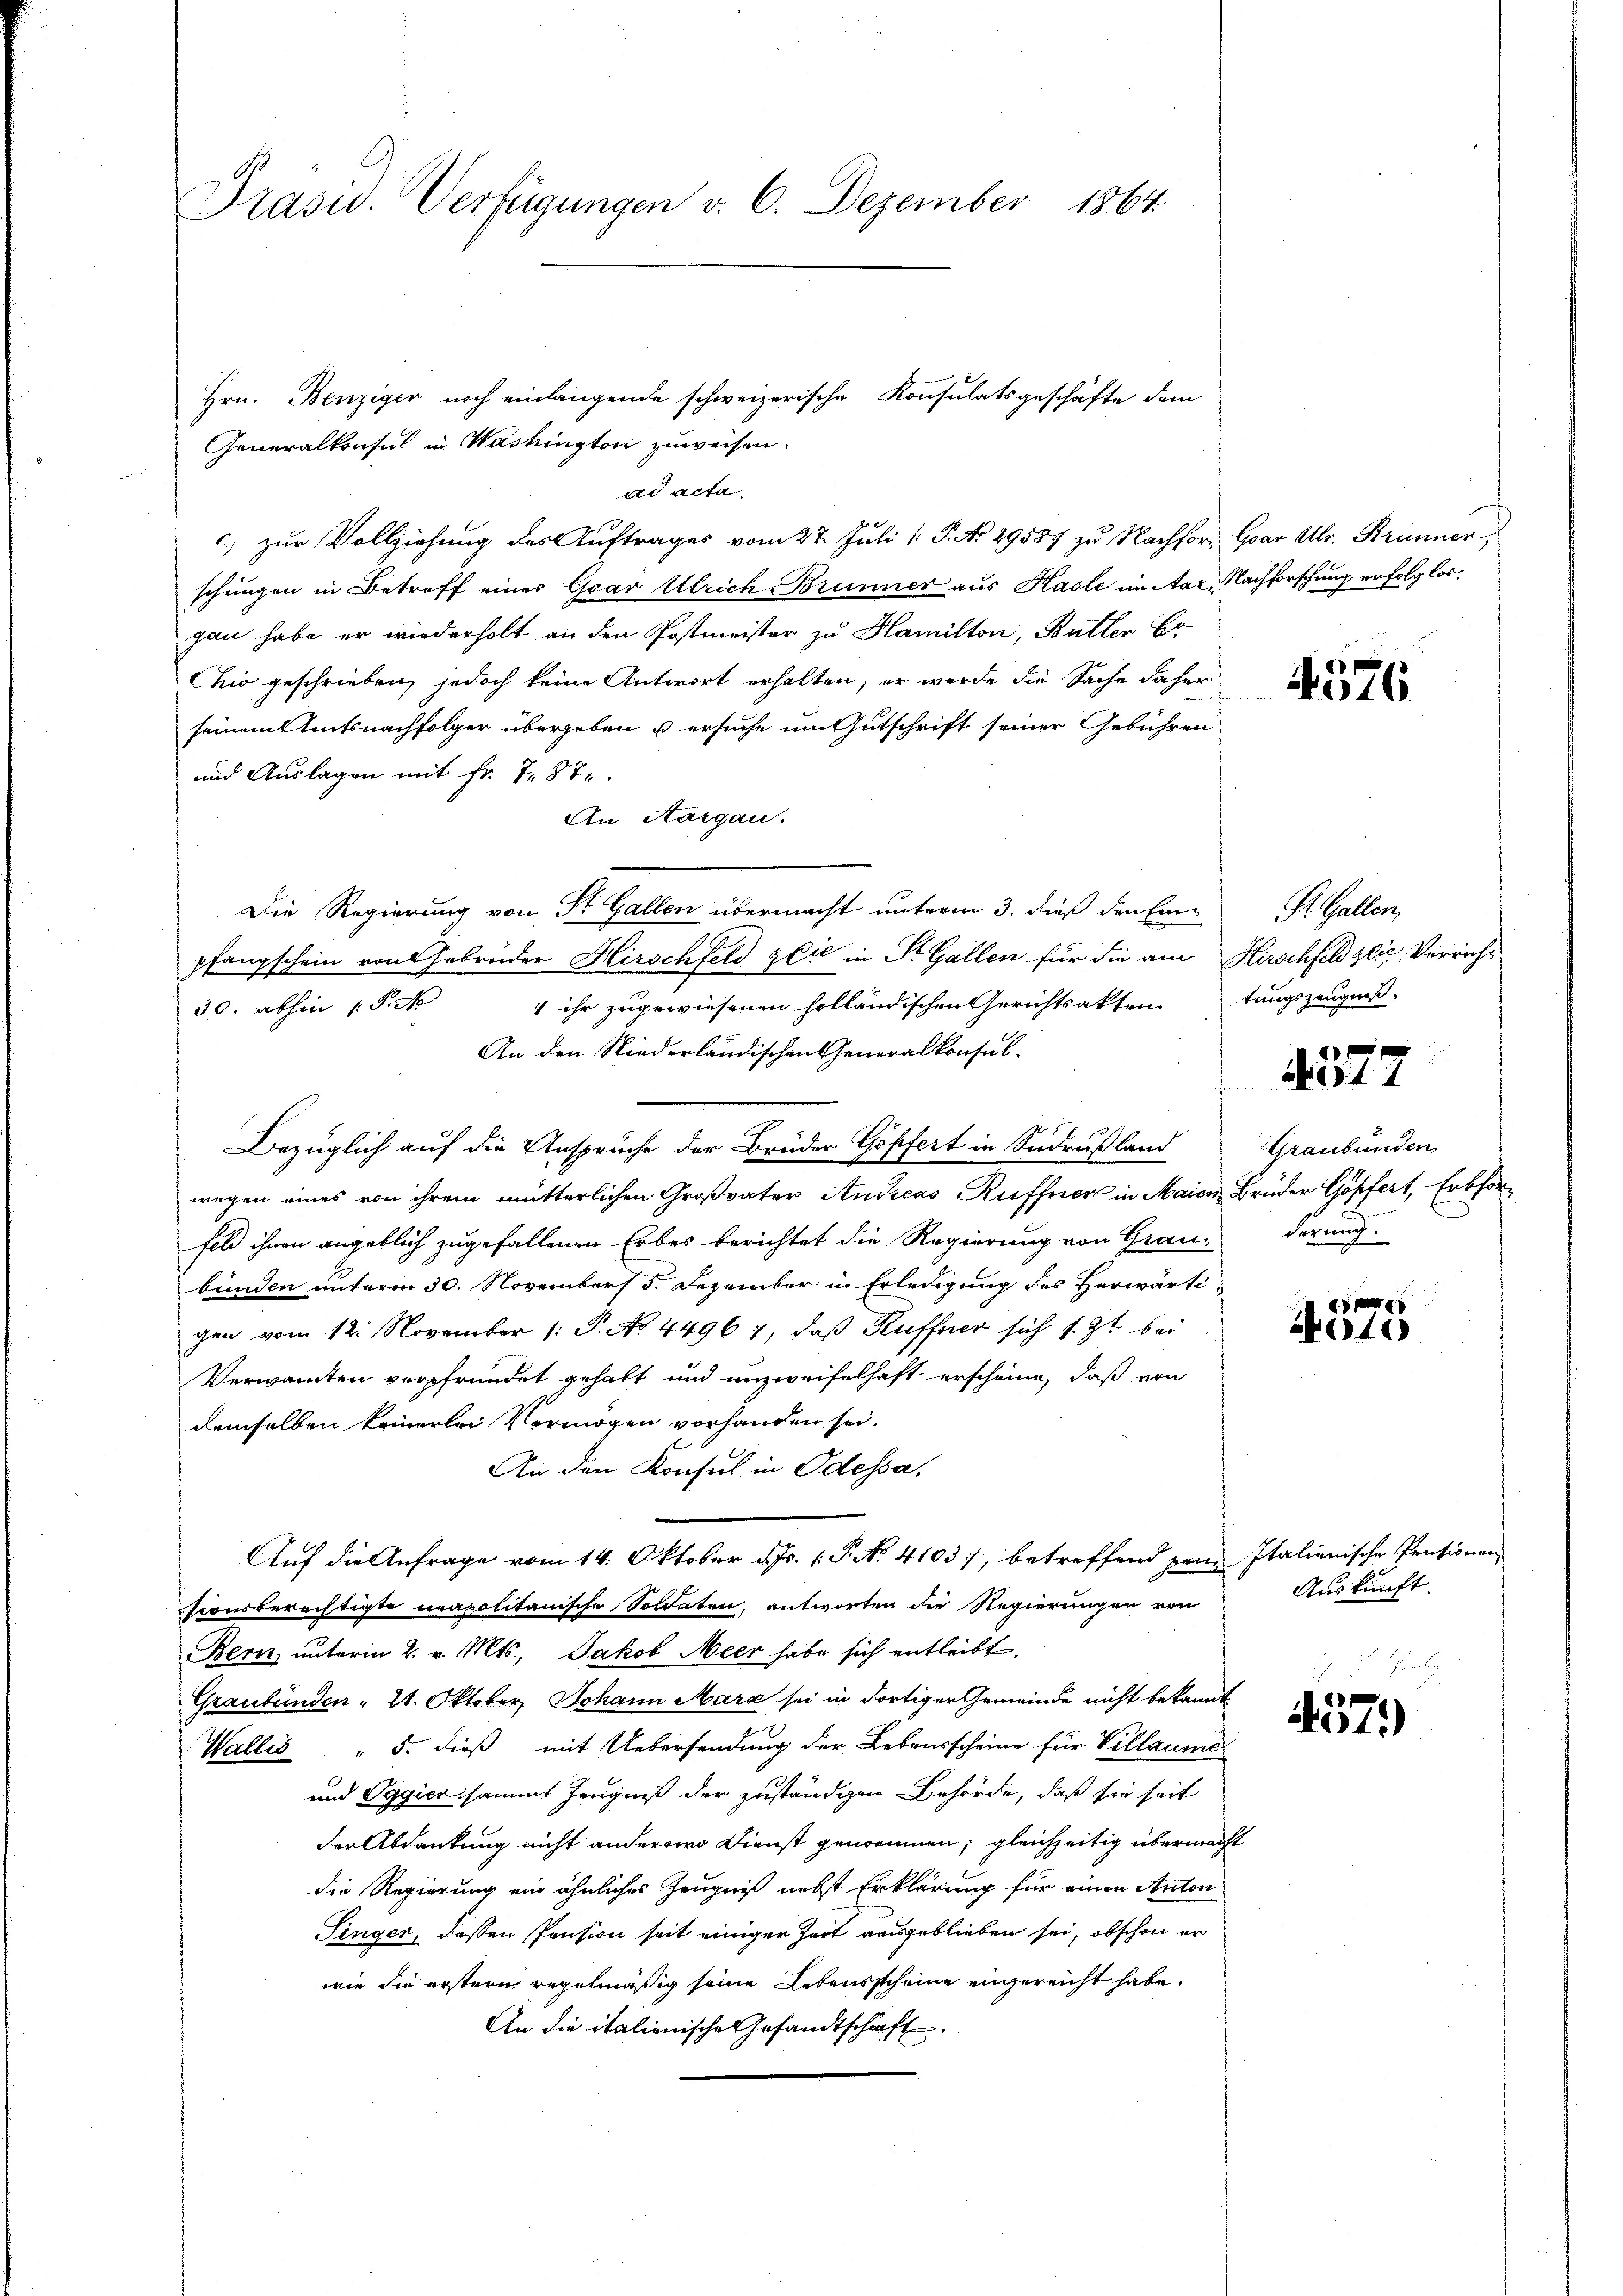
Präsid. Verfügungen v. 6. Dezember 1864

Hrn. Benziger noch einlangende schweizerische Konsulatsgeschäfte dem
Generalkonsus in Washington zuweisen.
ad acta
schungen in Betreff einer Gar Ulrich Brunner aus Hasle im Aar. Nachforschung erfolglos,
gau habe er wiederholt an den Postmeister zu Hamilton, Butter Er
Chio geschrieben, jedoch keine Antwort erhalten, er werde die Sache daher
seinem Amtsnachfolger übergeben u ersuche im Gutschrift seiner Gebühren
und Auslagen mit fr. 787.
An Aargau.
Die Regierung von St. Gallen übermacht unterm 3. dieß den Ein St. Gallen,
pfangschein von Gebrüder Hirschfeld zeit in St. Gallen für die am Hirschfeld zeit Verricht
4 ihr zugewiesenen holländischen Gerichtsaktentungszeugnis.
30. abhin 1 Pk
An den Niederländischen Generalkonsel¬
Bezüglich auf die Ansprüche der Brüder Göpfert in Sadrußland
wegen eines von ihrem mütterlichen Großvater Andreas Ruffner in Maien Brüder Göpfert, Erbförfel ihnen angeblich zugefallenen Erbes berichtet die Regierung von Graue derung
bünden unterm 30. November 5. Dezember in Erledigung des Herwärtigen vom 12. November (: P. No. 44967, daß Kuffner sich s. Zt. bei
Verwandten verpfründet gehabt und unzweifelhaft erscheine, daß von
demselben keinerlei Vermögen vorhanden sei.
An den Konsul in Odessa,
Auf die Anfrage vom 14. Oktober d. Js. 1. P. N. 4103), betreffend sein Italienische Pensionen
sconsberechtigte neapolitanische Soldaten, antworten die Regierungen von
Bern, unterm 2. v. Mts., Jakob Meer habe sich entleibt.
Graubünden " 21. Oktober Johann Mara sei in dortiger Gemeinde nicht bekannt
Wallis " 5. dieß mit Uebersendung der Lebensscheine für Villaume
und Oggier sammt Zeugniß der zuständigen Behörde, daß sie seit
der Abdankung nicht anderswo Dienst genommen; gleichzeitig übermacht
die Regierung ein ähnliches Zeugniß nebst Erklärung für einen Anton
Pinger, dessen Pension seit einiger Zeit ausgeblieben sei, obschon er
wie die erstern regelmäßig seine Lebensscheine angereicht habe.
An die italienische Gesandtschaft,

c.) zur Vollziehung des Auftrages vom 27. Juli [ P. No. 29587 zu Nachfor Gar Ullr. Brünner,

4576

10 f 0 x
kt. 1

Graubünden

e
Hote

Auskunft.

457)